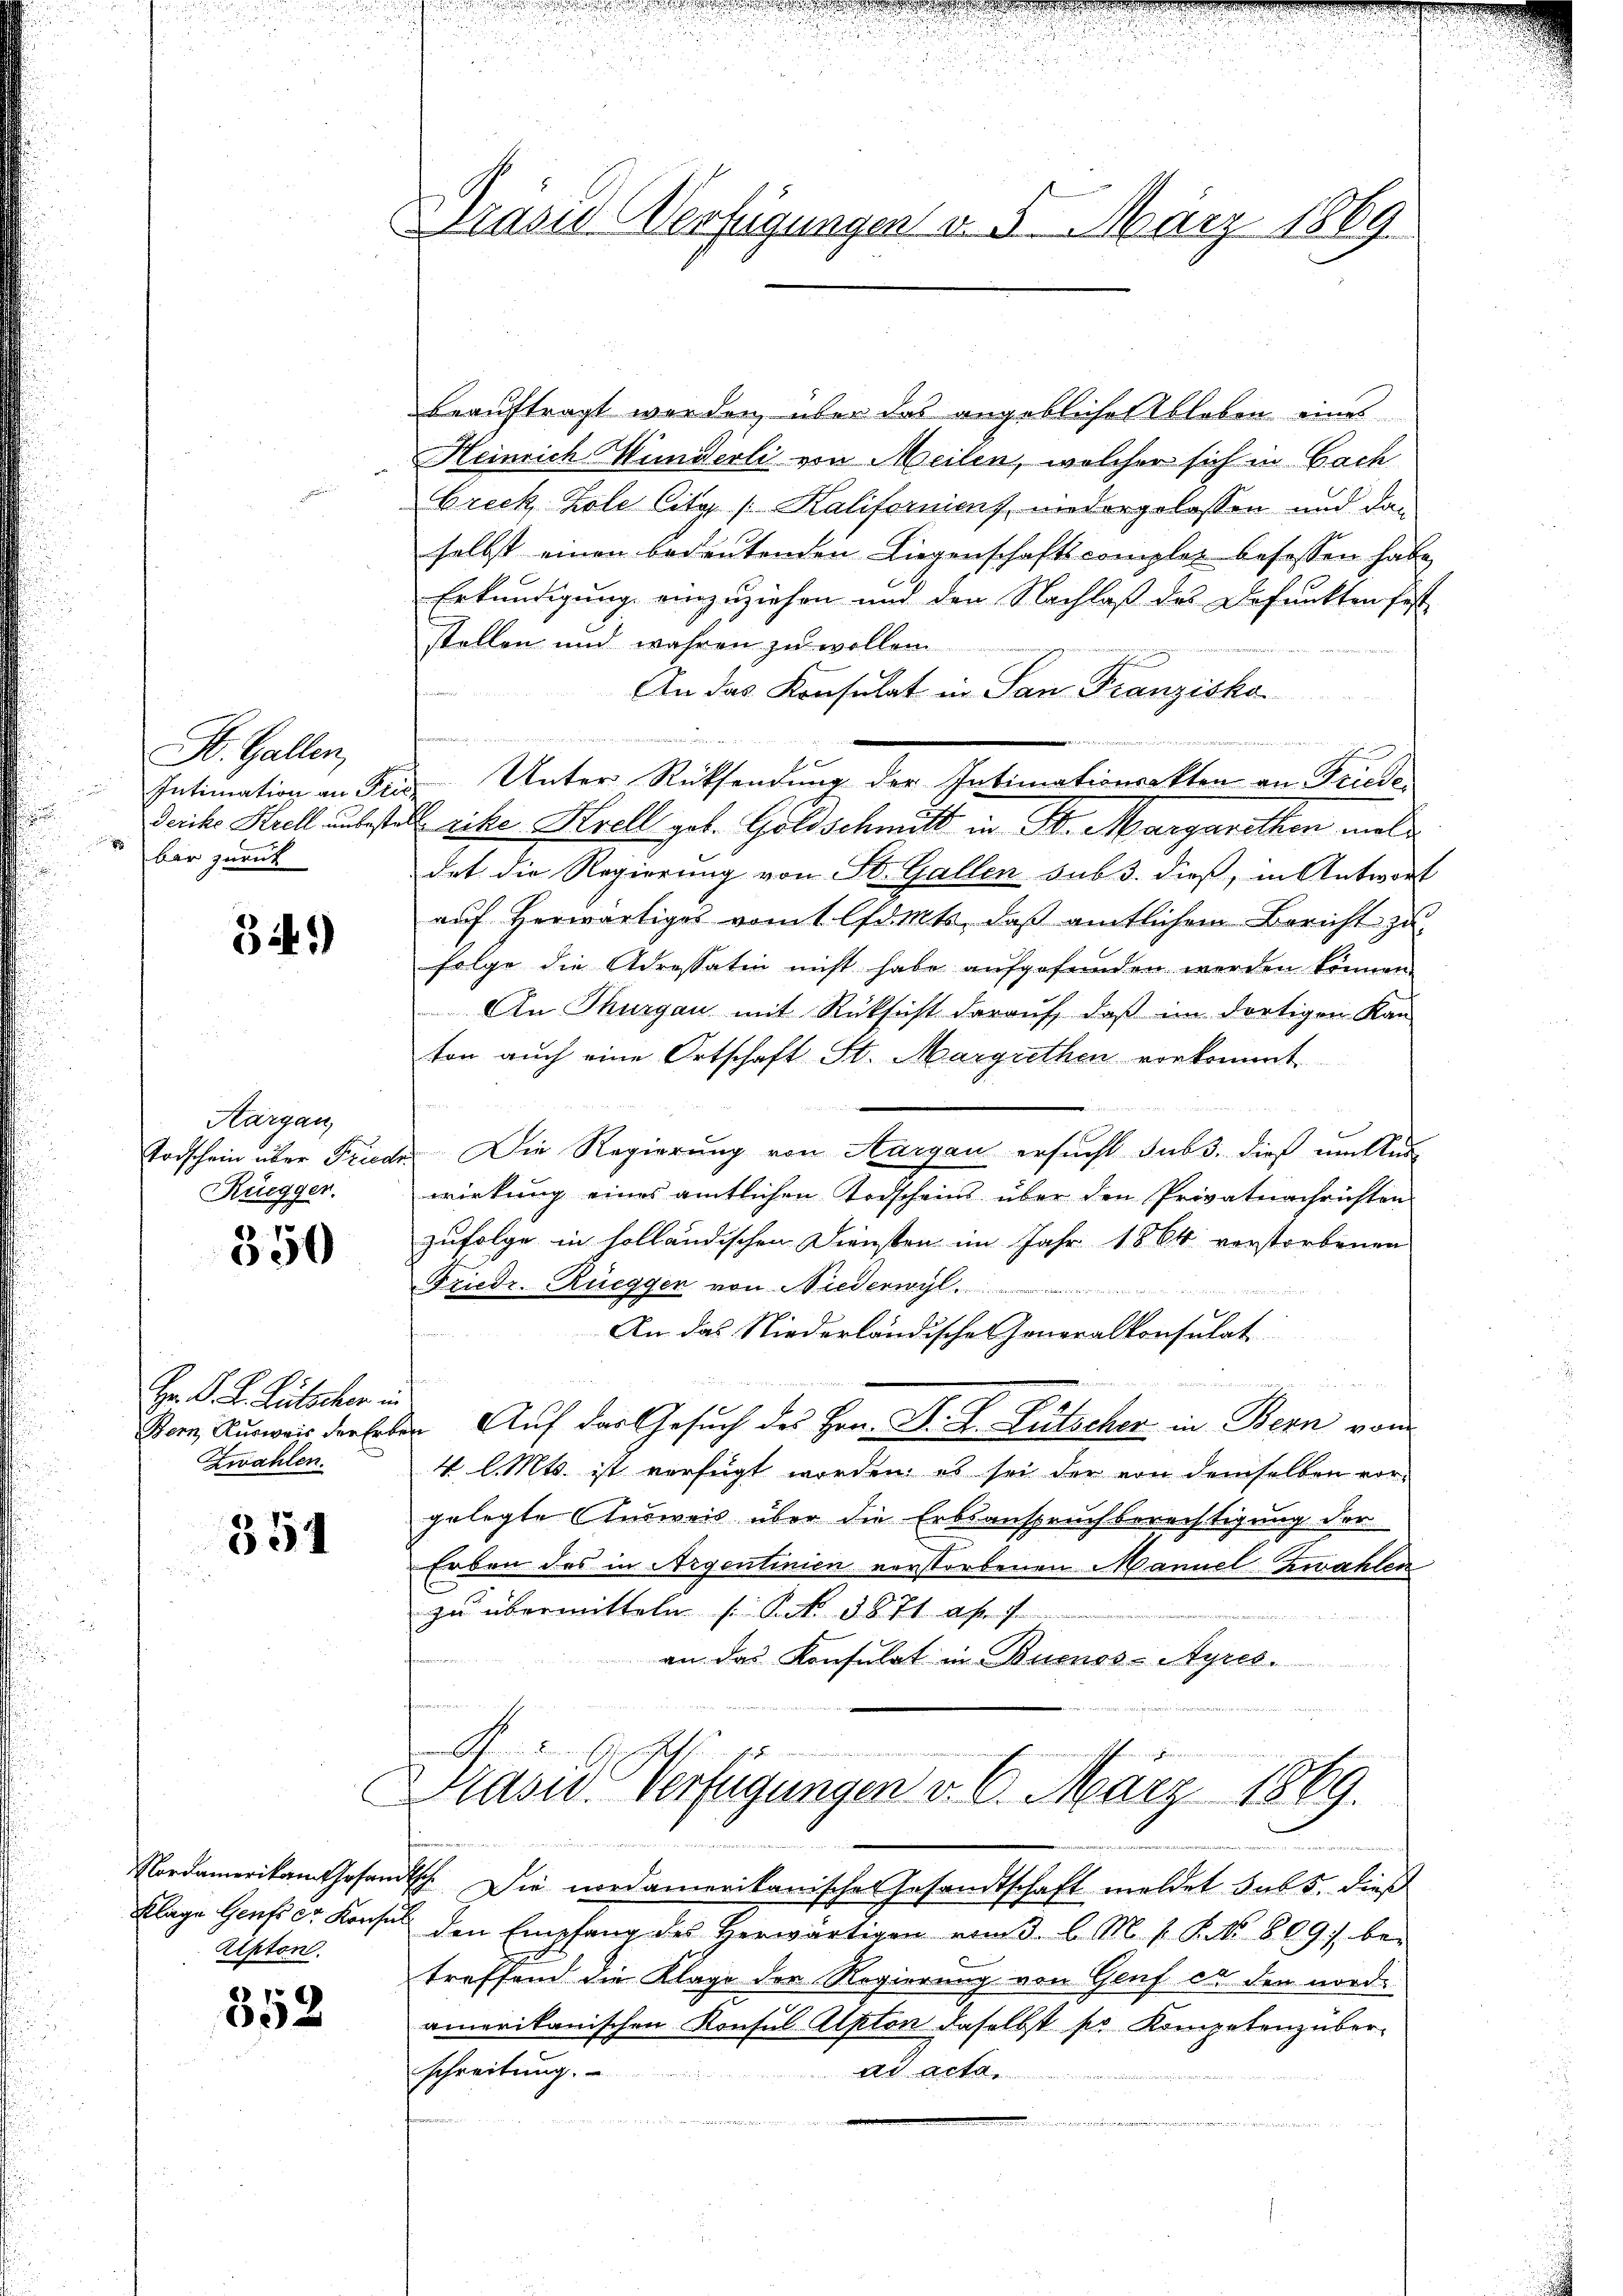
St. Gallen,
Intimation an Pie
Derike Krell unbeste

bar zurück

341)

Aargau,
Rüegger.

350

Hr. K. K. Rutscher in
Zwahlen.

354

Nordamerikan thofen
Klage Genf er Konsin
Ripton.

358

Masus Verfügungen v. 5. März 1869.

beauftragt werden, über das angeblicher Ableben eines
Heinrich Wunderli von Meilen, welcher sich in Sach
brick Kole City [Kaliforniens, niedergelassen und dann
selbst einen bedeutenden Liegenschaftscompler besassen habe,
Erkundigung einzuziehen und den Nachlaß des Befunkten fest
stellen und wahren zu wollen
n
An das Konsulat in San Franzisko
n

o
Unter Rücksendung der Intimationarkten an Friede
ich
Erike Krell geb. Goldschmitt in Fr. Margarethen moldat die Regierung von St. Gallen sub 3. dieß, in Antwort
auf herwärtiges vomt lfdmts, daß amtlichem Bericht zu
folge die Adressatin nicht habe aufgefunden werden können.
An Thurgau mit Rücksicht darauf, daß im dortigen Kan
ton auch eine Ortschaft St. Margrethen vorkommt

Todschein über Freude. Die Regierung von Aargau ersucht sub. dieß um Aus-
wirkung eines amtlichen Todscheins über den Privatnachrichten
zufolge in solländischen Diensten im Jahr 1864 verstorbenen
Friedr. Rüegger von Niederwyl

An das Niederländische Generalkonsulat
e
Sorn, Ausweis der Erben Auf der Gesuch des Hrn. Dr. K. Rutscher in Bern vom
4 l. Mts. ist verfügt worden, es sei der von demselben vorgelegte Ausweis über die Erbsanspruchberechtigung der
Erben des in Argentinien verstorbenen Mannel zwahlen
zu übermitteln (Art. 1871 aff
an das Konsulat in Buenos-Ayres.
G. S
Aasu Verfügungen v. 6. März 1869.
d
disch. Die nordamerikanische Gesandtschaft meldet sub 5. dieß
den Empfang des Herwärtigen vom 3. l. M. s. S. No. 8097. bei
treffend die Klage der Regierung von Genf er den norde
amerikanischen Konsul Alpton daselbst pr Kompetenz über-
schreitung.
Ad Acta,
n
n